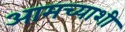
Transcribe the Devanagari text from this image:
आमच्याशी